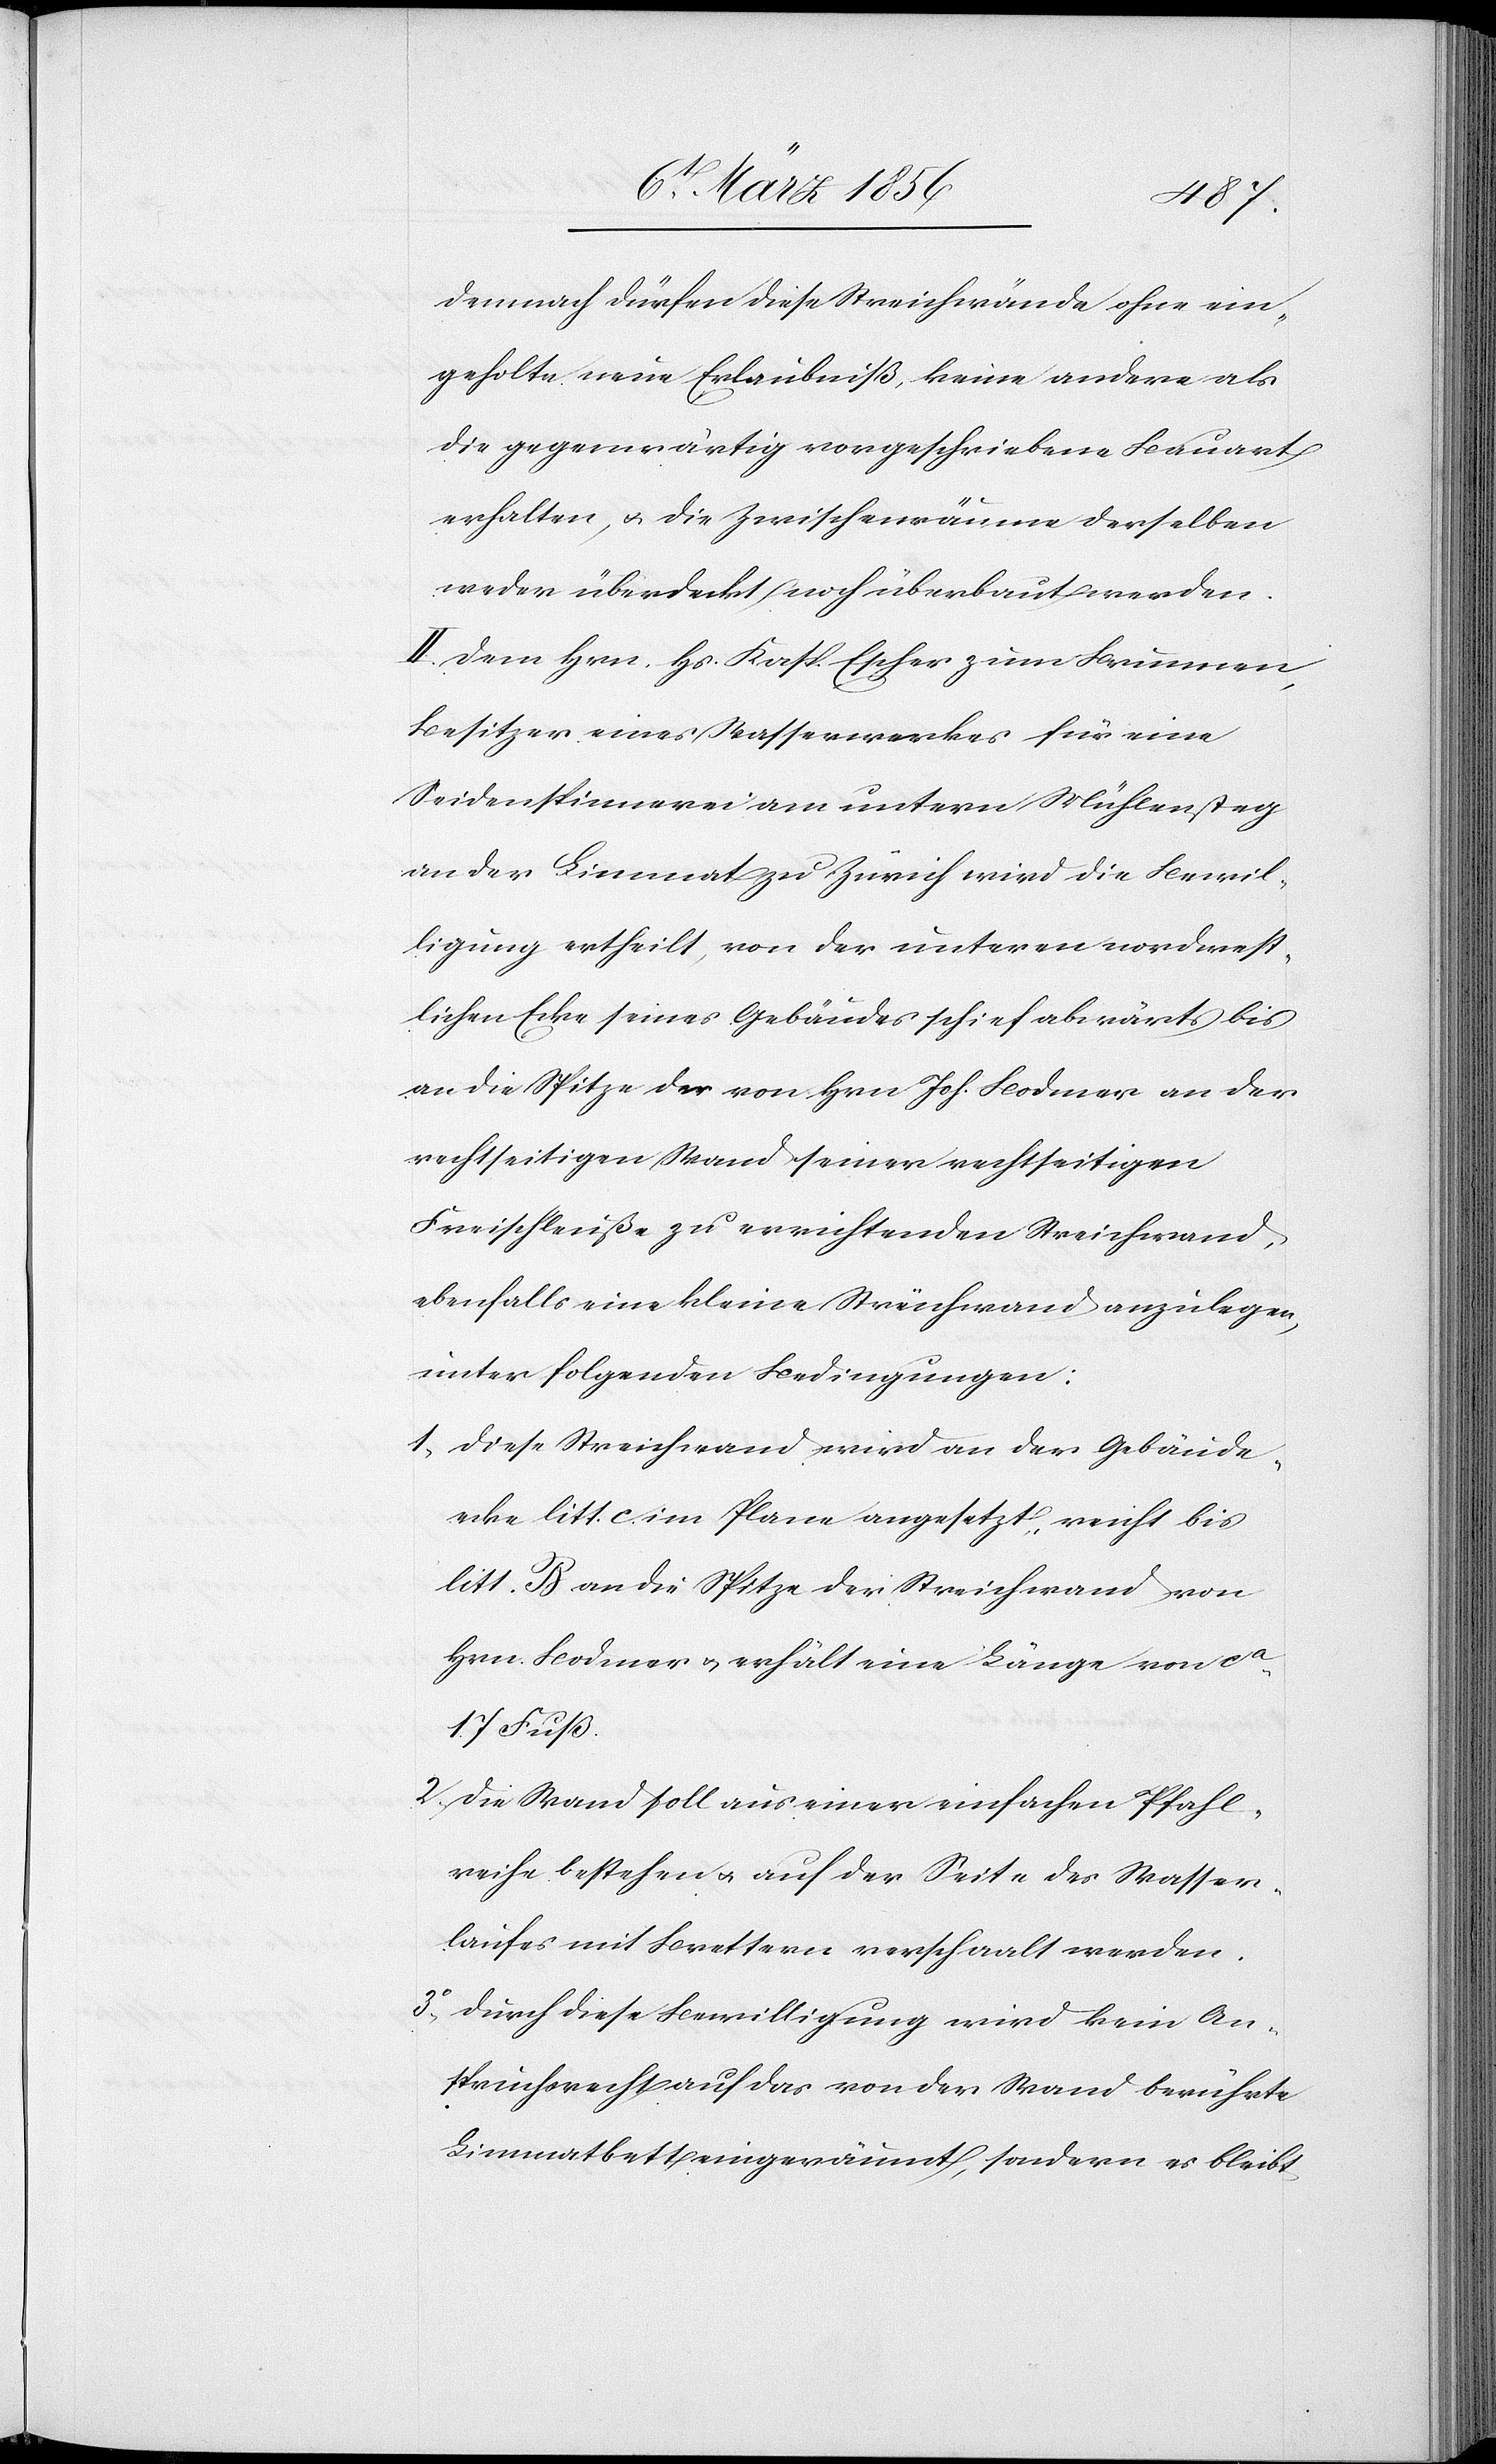
demnach dürfen diese Streichwände ohne ein¬
geholte neue Erlaubniß, keine andere als
die gegenwärtig vorgeschriebene Bauart
erhalten, u. die Zwischenräume desselben
weder überdeckt noch überbaut werden.
II. Dem Hrn. Hs. Kasp. Escher zum Brunnen,
Besitzer eines Wasserwerkes für eine
Seidenspinnerei am untern Mühlensteg
an der Limmat zu Zürich wird die Bewil¬
ligung ertheilt, von der unteren nordwest¬
lichen Ecke seines Gebäudes schief abwärts bis
an die Spitze der von Hrn Joh. Bodmer an der
rechtseitigen Wand seiner rechtseitigen
Freischleuße zu errichtenden Streichwand,
ebenfalls eine kleine Streichwand anzulegen,
unter folgenden Bedingungen:
1., Diese Streichwand wird an der Gebäude¬
ecke litt. c. im Plane angesetzt, reicht bis
litt. B an die Spitze der Streichwand von
Hrn. Bodmer u. erhält eine Länge von ca
17 Fuß.
2., Die Wand soll aus einer einfachen Pfahl¬
reihe bestehen u. auf der Seite des Wasser¬
laufes mit Brettern verschaalt werden.
3o., Durch diese Bewilligung wird kein An¬
spruchsrecht auf das von der Wand berührte
Limmatbett eingeräumt, sondern es bleibt